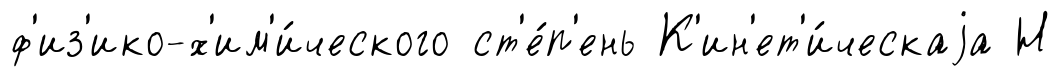
ф'из'ико-х'им'и́ческого ст'е́п'ень К'ин'ет'и́ческаjа Н